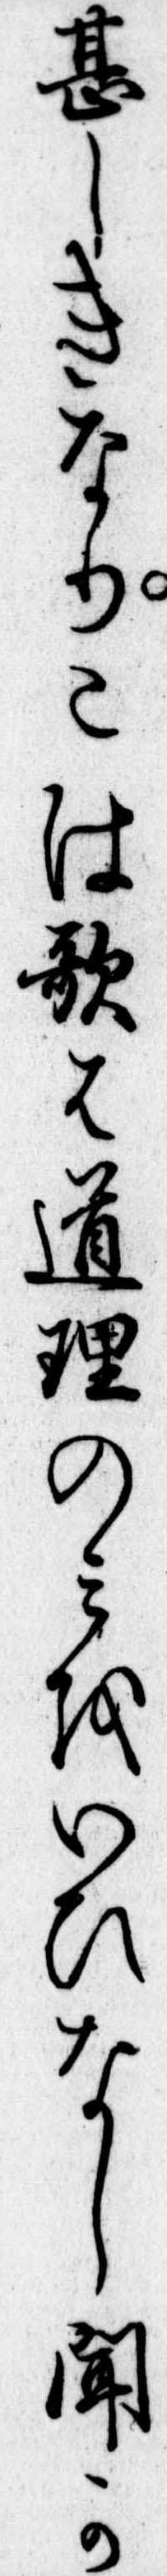
甚しきなりこは歌は道理のみをいひなし聞か